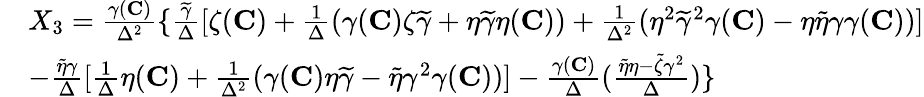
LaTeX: \begin{array}{rl}&{X_{3}=\frac{\gamma({\mathbf{C}})}{\Delta^{2}}\{ \frac{\widetilde{\gamma}}{\Delta}[\zeta({\mathbf{C}})+\frac{1}{\Delta}(\gamma({\mathbf{C}})\zeta\widetilde{\gamma}+\eta\widetilde{\gamma}\eta({\mathbf{C}}))+\frac{1}{\Delta^{2}}(\eta^{2}\widetilde{\gamma}^{2}\gamma({\mathbf{C}})-\eta\widetilde{\eta}\gamma\gamma({\mathbf{C}}))]}\\ &{-\frac{\widetilde{\eta}\gamma}{\Delta}[\frac{1}{\Delta}\eta({\mathbf{C}})+\frac{1}{\Delta^{2}}(\gamma({\mathbf{C}})\eta\widetilde{\gamma}-\widetilde{\eta}\gamma^{2}\gamma({\mathbf{C}}))]-\frac{\gamma({\mathbf{C}})}{\Delta}(\frac{\widetilde{\eta}\eta-\widetilde{\zeta}\gamma^{2}}{\Delta})\} }\end{array}